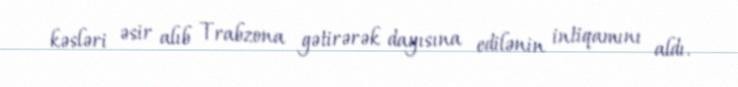
kəsləri əsir alıb Trabzona gətirərək dayısına edilənin intiqamını aldı.